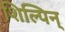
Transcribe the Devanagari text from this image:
शिल्पिन्